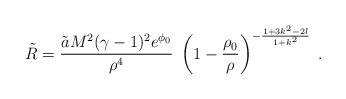
\begin{align*}\tilde{R} = \frac{\tilde{a} M^2 (\gamma - 1)^2 e^{\phi_0}}{\rho^4} \;\left(1 - \frac{\rho_0}{\rho}\right)^{- \frac{1 + 3 k^2 - 2 l}{1 + k^2}}\; .\end{align*}